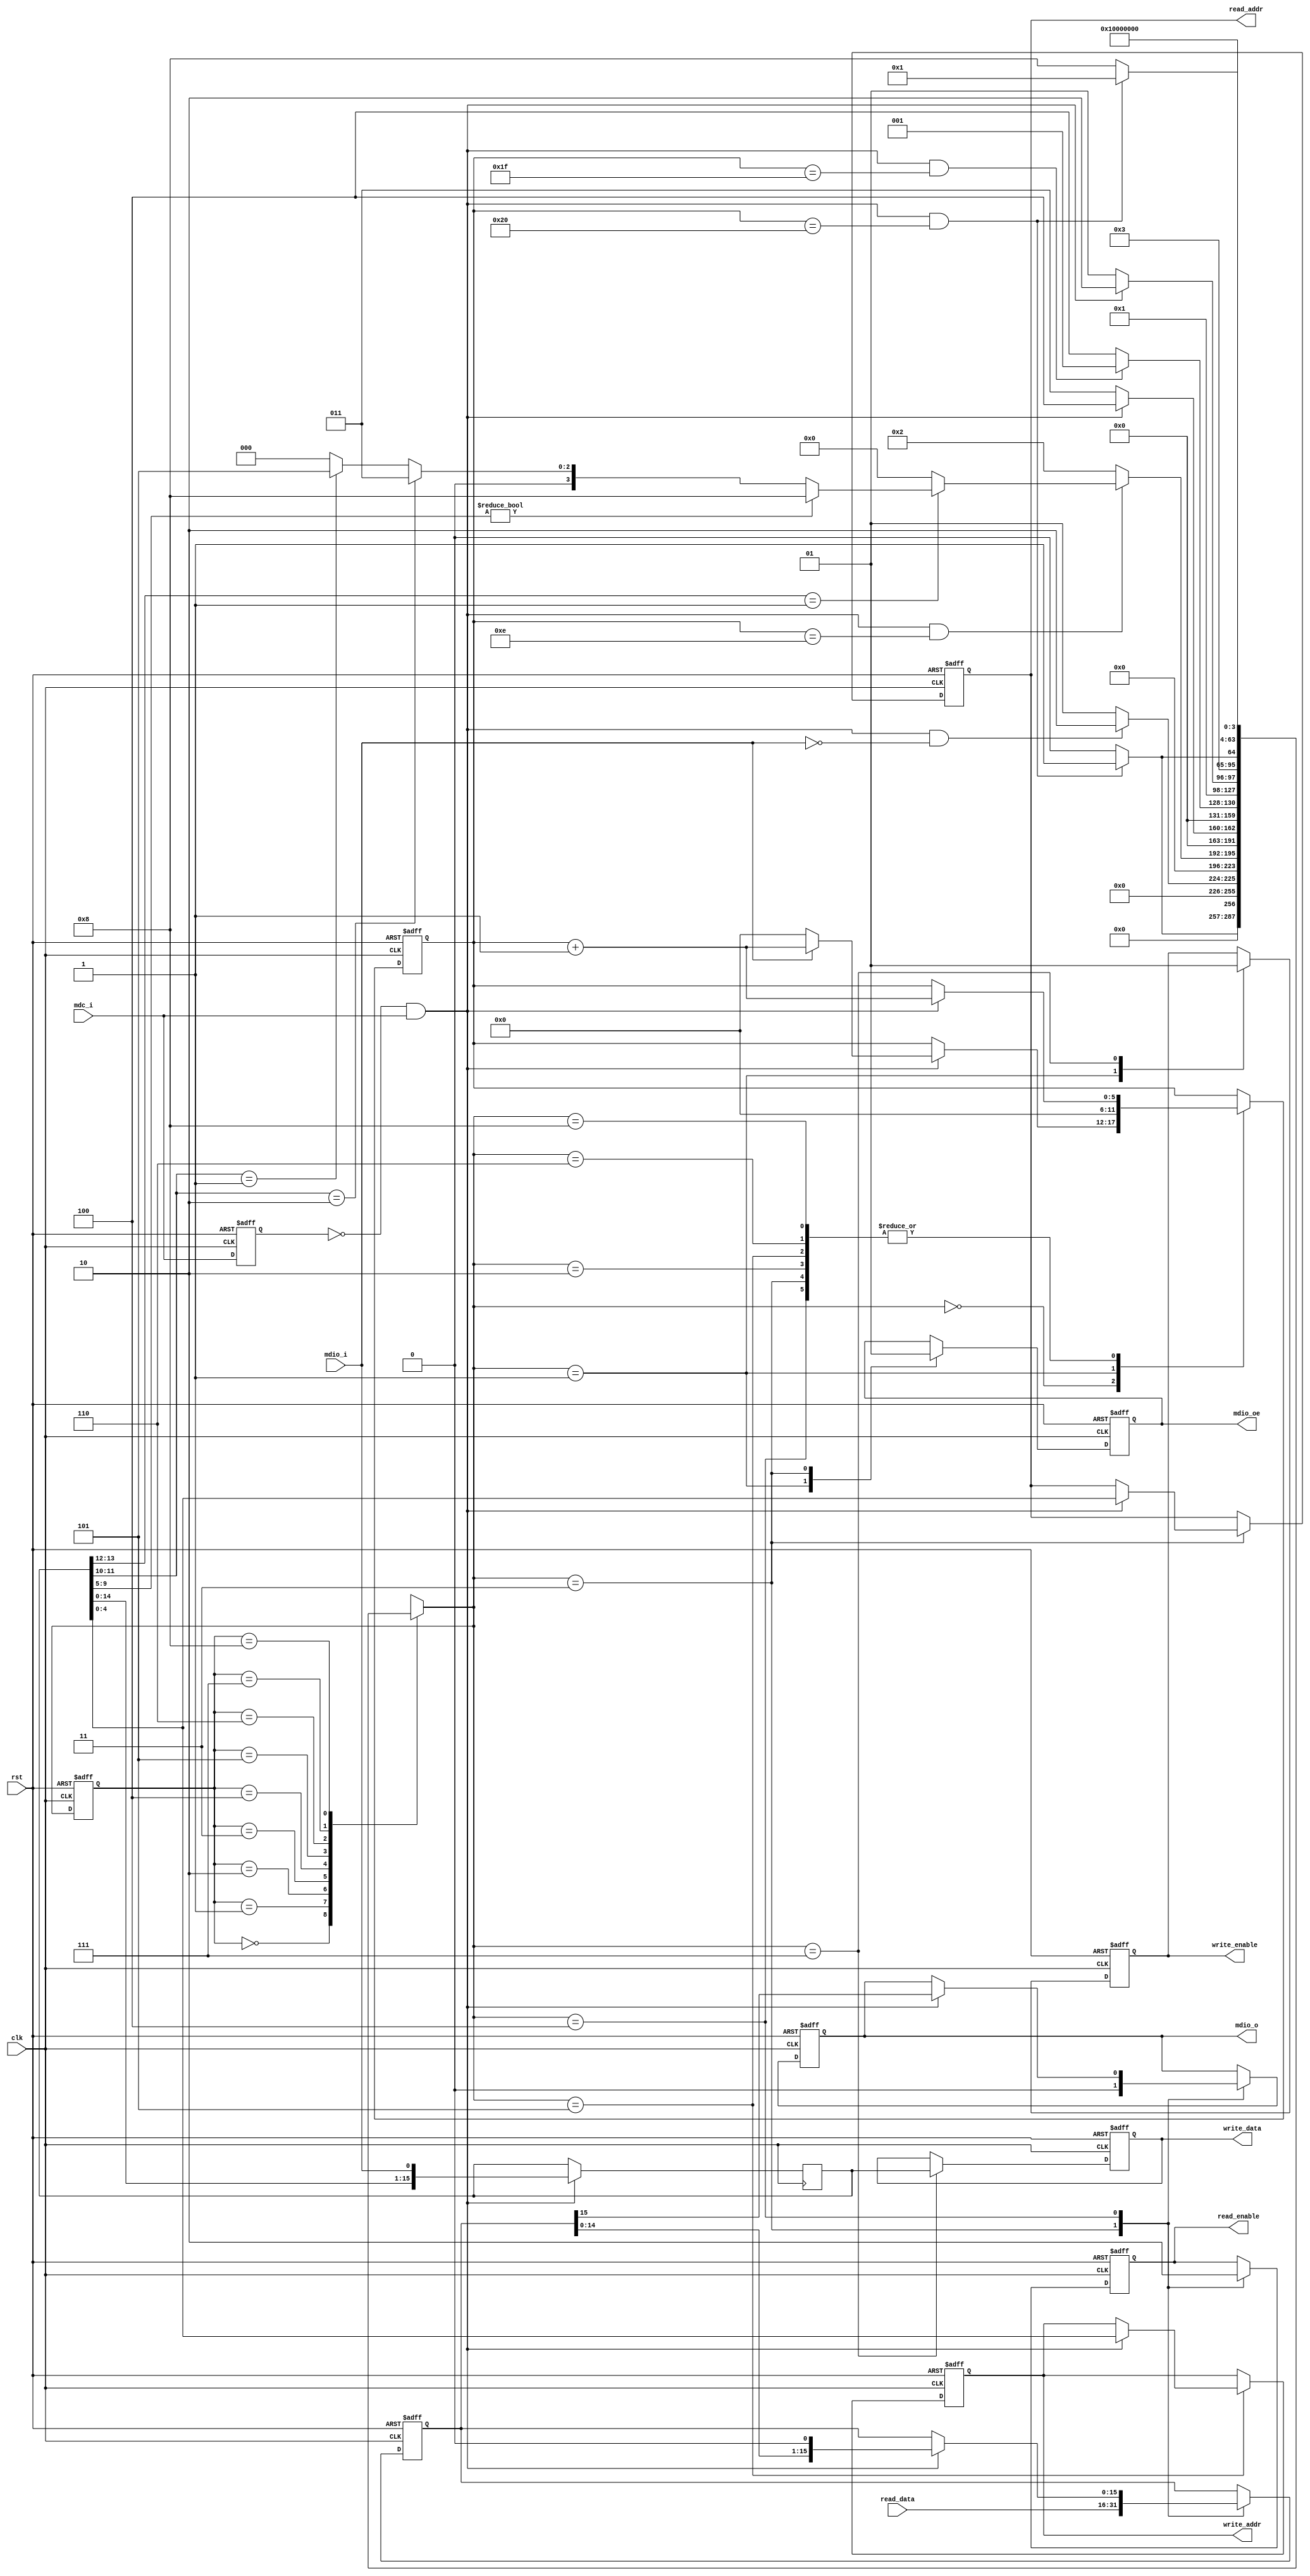
module mdio_slave_if(
	input clk,
	input rst,

	input mdc_i,
	input mdio_i,
	output mdio_o,
	output mdio_oe,

	output [4:0] read_addr,
	output read_enable,
	input [15:0] read_data,

	output [4:0] write_addr,
	output [15:0] write_data,
	output write_enable
);

parameter PHY_ADDR = 0; 

reg mdc_0;
reg mdio_o_r;
reg mdio_oe_r;
reg [4:0] read_addr_r;
reg read_enable_r;
reg [4:0] write_addr_r;
reg [15:0] write_data_r;
reg write_enable_r;
reg [5:0] shift_cnt;
reg [15:0] data_in;
reg [15:0] data_out;

integer state, state_next;

wire clk_rise;

assign clk_rise = !mdc_0 && mdc_i;
assign mdio_o = mdio_o_r;
assign mdio_oe = mdio_oe_r;
assign read_addr = read_addr_r;
assign read_enable = read_enable_r;
assign write_addr = write_addr_r;
assign write_data = write_data_r;
assign write_enable = write_enable_r;

localparam S_SYNC=0, S_IDLE=1, S_ADDRESS=2, S_READ_0=3, S_READ_1=4,
	S_WRITE_0=5, S_WRITE_1=6, S_WRITE_2=7, S_DUMB=8;

always @(posedge clk, posedge rst)
begin
	if(rst) begin
		mdc_0 <= 1'b0;
	end
	else begin
		mdc_0 <= mdc_i;
	end
end

always @(posedge clk, posedge rst)
begin
	if(rst) begin
		state <= S_SYNC;
	end
	else begin
		state <= state_next;
	end
end

always @(*)
begin
	case(state)
		S_SYNC: begin
			if(clk_rise && shift_cnt==32)
				state_next = S_IDLE;
			else
				state_next = S_SYNC;
		end
		S_IDLE: begin
			if(clk_rise && mdio_i==1'b0)
				state_next = S_ADDRESS;
			else
				state_next = S_IDLE;
		end
		S_ADDRESS: begin
			if(clk_rise && shift_cnt==14) begin
				if(data_in[13:12]==2'b01) begin
					if(data_in[9:5]!=PHY_ADDR) begin
						state_next = S_DUMB;
					end
					else if(data_in[11:10]==2'b10)begin
						state_next = S_READ_0;
					end
					else if(data_in[11:10]==2'b01) begin
						state_next = S_WRITE_0;
					end
					else begin
						state_next = S_SYNC;
					end
				end
				else begin
					state_next = S_SYNC;
				end
			end
			else begin
				state_next = S_ADDRESS;
			end
		end
		S_READ_0: begin
			if(clk_rise)
				state_next = S_READ_1;
			else
				state_next = S_READ_0;
		end
		S_READ_1: begin
			if(clk_rise && shift_cnt==31)
				state_next = S_IDLE;
			else
				state_next = S_READ_1;
		end
		S_WRITE_0: begin
			if(clk_rise)
				state_next = S_WRITE_1;
			else
				state_next = S_WRITE_0;
		end
		S_WRITE_1: begin
			if(clk_rise && shift_cnt==32)
				state_next = S_WRITE_2;
			else
				state_next = S_WRITE_1;
		end
		S_WRITE_2: begin
			state_next = S_IDLE;
		end
		S_DUMB: begin
			if(clk_rise && shift_cnt==32)
				state_next = S_IDLE;
			else
				state_next = S_DUMB;
		end
		default: begin
			state_next = 'bx;
		end
	endcase
end

always @(posedge clk)
begin
	if(clk_rise) begin
		data_in <= {data_in, mdio_i};
	end
end

always @(posedge clk, posedge rst)
begin
	if(rst) begin
		shift_cnt <= 'b0;
		mdio_oe_r <= 1'b0;
		read_enable_r <= 1'b0;
		write_enable_r <= 1'b0;
		read_addr_r <= 'bx;
		write_addr_r <= 'bx;
		data_out <= 'bx;
		mdio_o_r <= 1'bx;
		write_data_r <= 'bx;
	end
	else case(state_next)
		S_SYNC: begin
			if(clk_rise) begin
				if(mdio_i==1'b1)
					shift_cnt <= shift_cnt+1;
				else
					shift_cnt <= 'b0;
			end
		end
		S_IDLE: begin
			shift_cnt <= 'b0;
			mdio_oe_r <= 1'b0;
			write_enable_r <= 1'b0;
		end
		S_ADDRESS: begin
			if(clk_rise) begin
				shift_cnt <= shift_cnt+1;
			end
		end
		S_READ_0: begin
			if(clk_rise) begin
				shift_cnt <= shift_cnt+1;
				read_addr_r <= data_in[4:0];
			end
			read_enable_r <= 1'b1;
			mdio_oe_r <= 1'b1;
			mdio_o_r <= 1'b0;
			data_out <= read_data;
		end
		S_READ_1: begin
			read_enable_r <= 1'b0;
			if(clk_rise) begin
				shift_cnt <= shift_cnt+1;
				mdio_o_r <= data_out[15];
				data_out <= {data_out,1'b0};
			end
		end
		S_WRITE_0: begin
			if(clk_rise) begin
				shift_cnt <= shift_cnt+1;
				write_addr_r <= data_in[4:0];
			end
		end
		S_WRITE_1: begin
			if(clk_rise) begin
				shift_cnt <= shift_cnt+1;
			end
		end
		S_WRITE_2: begin
			write_enable_r <= 1'b1;
			write_data_r <= data_in[15:0];
		end
		S_DUMB: begin
			if(clk_rise) begin
				shift_cnt <= shift_cnt+1;
			end
		end
	endcase
end

endmodule